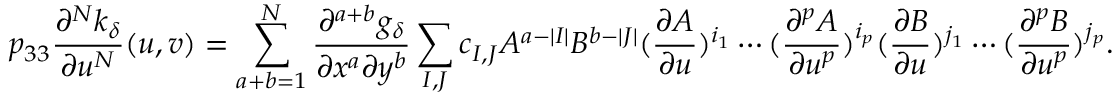
p _ { 3 3 } \frac { \partial ^ { N } k _ { \delta } } { \partial u ^ { N } } ( u , v ) = \sum _ { a + b = 1 } ^ { N } \frac { \partial ^ { a + b } g _ { \delta } } { \partial x ^ { a } \partial y ^ { b } } \sum _ { I , J } c _ { I , J } A ^ { a - | I | } B ^ { b - | J | } ( \frac { \partial A } { \partial u } ) ^ { i _ { 1 } } \cdots ( \frac { \partial ^ { p } A } { \partial u ^ { p } } ) ^ { i _ { p } } ( \frac { \partial B } { \partial u } ) ^ { j _ { 1 } } \cdots ( \frac { \partial ^ { p } B } { \partial u ^ { p } } ) ^ { j _ { p } } .